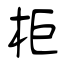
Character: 柜